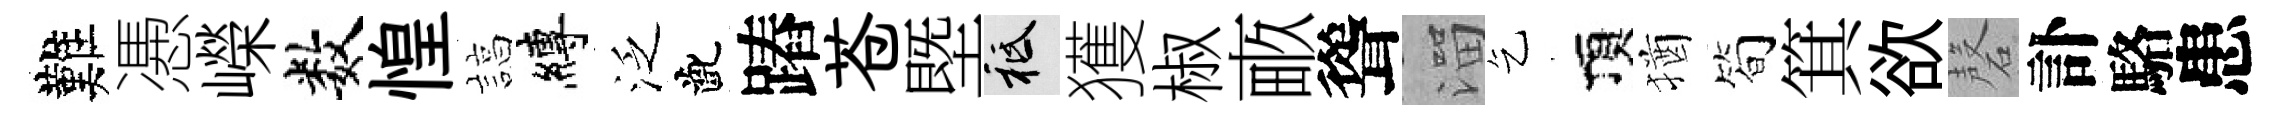
難慿嶸数惶諄縛泛齔蹖苍塈祇獲椒畞聳溜乞頂猶筍箕欲磬訃駱患